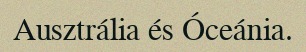
Ausztrália és Óceánia.